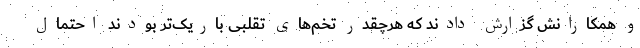
و همکارانش گزارش دادند که هرچقدر تخم‌های تقلبی باریک‌تر بودند احتمال